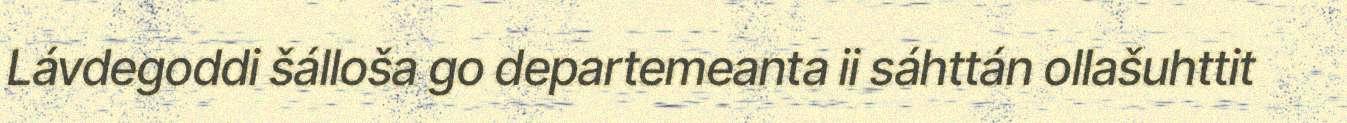
Lávdegoddi šálloša go departemeanta ii sáhttán ollašuhttit